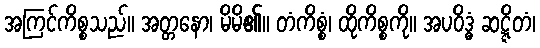
အကြင်ကိစ္စသည်။ အတ္တနော၊ မိမိ၏။ တံကိစ္စံ၊ ထိုကိစ္စကို။ အပဝိဒ္ဓံ ဆဋ္ဋိတံ၊